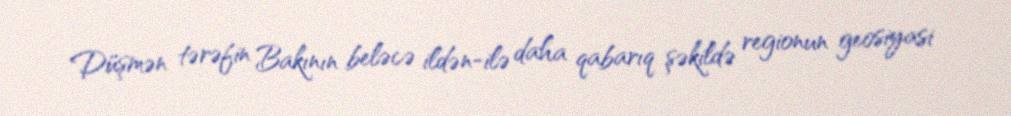
Düşmən tərəfin Bakının beləcə ildən-ilə daha qabarıq şəkildə regionun geosiyasi